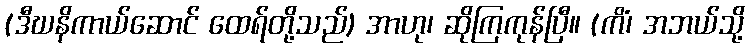
(ဒီဃနိကာယ်ဆောင် ထေရ်တို့သည်) အာဟု၊ ဆိုကြကုန်ပြီ။ (ကိံ၊ အဘယ်သို့